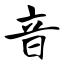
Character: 音